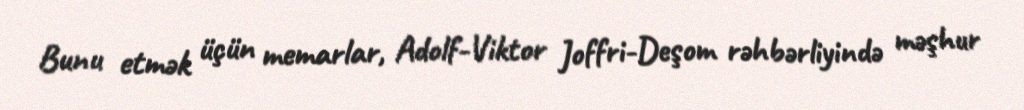
Bunu etmək üçün memarlar, Adolf-Viktor Joffri-Deşom rəhbərliyində məşhur